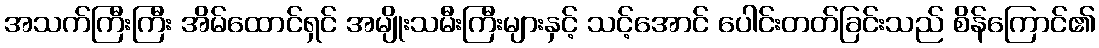
အသက်ကြီးကြီး အိမ်ထောင်ရှင် အမျိုးသမီးကြီးများနှင့် သင့်အောင် ပေါင်းတတ်ခြင်းသည် စိန်ကြောင်၏